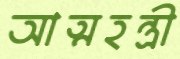
আত্মহন্ত্রী